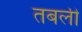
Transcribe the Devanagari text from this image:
तबली